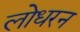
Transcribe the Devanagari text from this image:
लोधरन